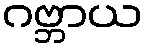
ဂဗ္ဘာယ